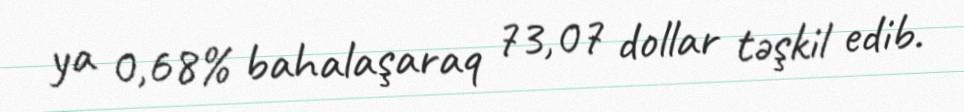
ya 0,68% bahalaşaraq 73,07 dollar təşkil edib.